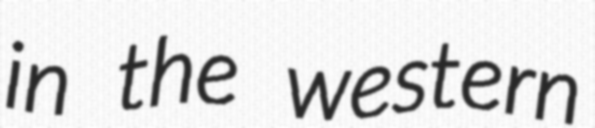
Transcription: in the western